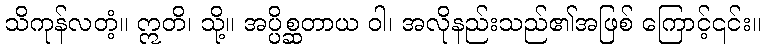
သိကုန်လတံ့။ ဣတိ၊ သို့။ အပ္ပိစ္ဆတာယ ဝါ၊ အလိုနည်းသည်၏အဖြစ် ကြောင့်၎င်း။